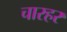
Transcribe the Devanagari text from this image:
चारहर